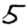
Digit: 5